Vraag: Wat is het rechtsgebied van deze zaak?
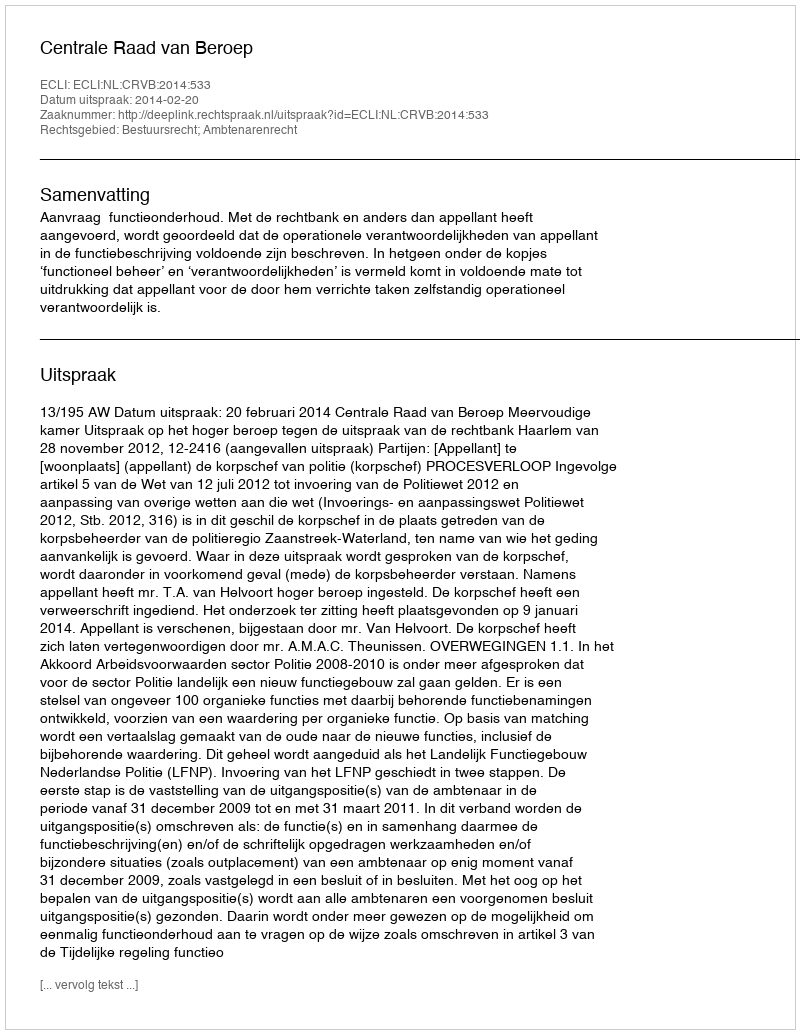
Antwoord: Bestuursrecht; Ambtenarenrecht